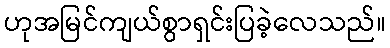
ဟုအမြင်ကျယ်စွာရှင်းပြခဲ့လေသည်။